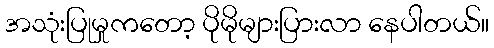
အသုံးပြုမှုကတော့ ပိုမိုများပြားလာ နေပါတယ်။